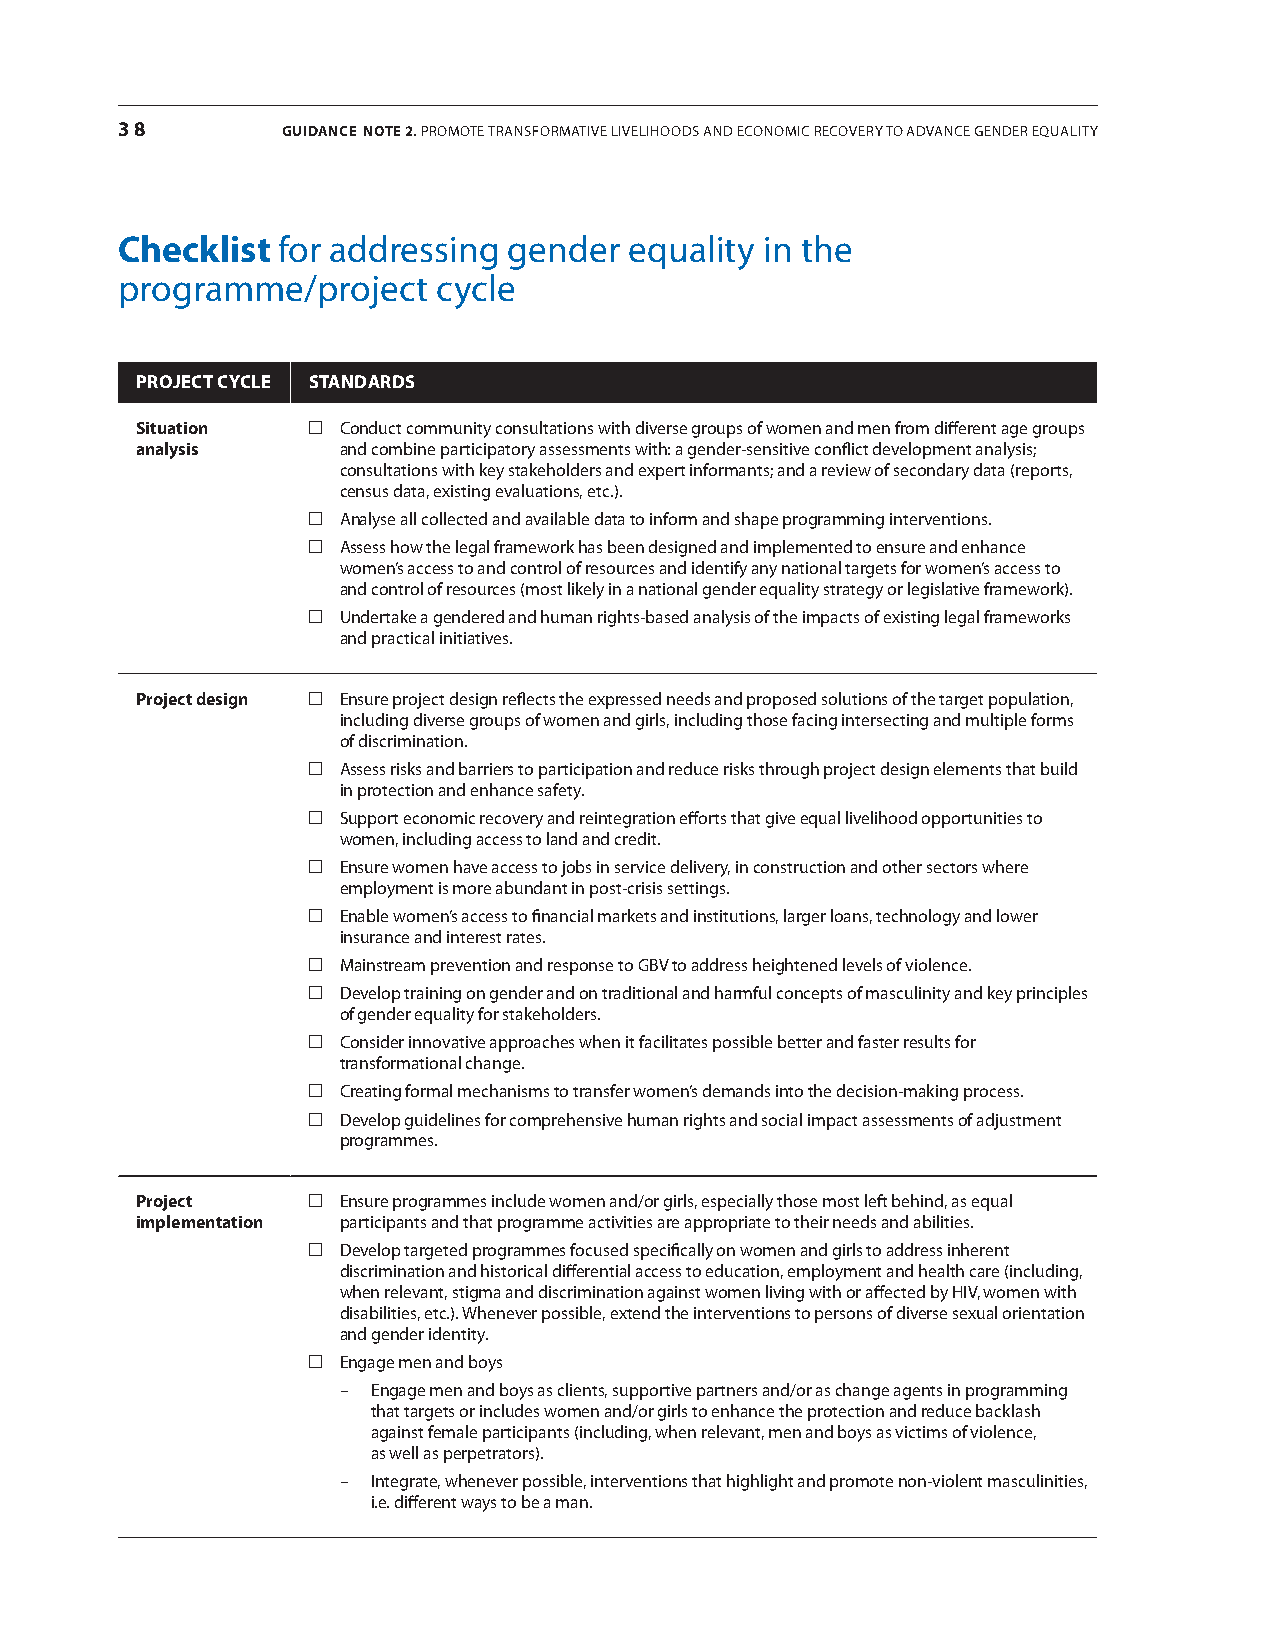
38         GUIDANCE NotE 2. Promote transformative livelihoods and economic recovery to advance gender equality
 Checklist for addressing  gender  equality in the
 programme/project    cycle
 ProjECt CyClE stANDArDs
 situation   conduct community consultations with diverse groups of women and men from different age groups
 analysis     and combine participatory assessments with: a gender-sensitive conflict development analysis;
 consultations with key stakeholders and expert informants; and a review of secondary data (reports,
 census data, existing evaluations, etc.).
  analyse all collected and available data to inform and shape programming interventions.
  assess how the legal framework has been designed and implemented to ensure and enhance
 women’s access to and control of resources and identify any national targets for women’s access to
 and control of resources (most likely in a national gender equality strategy or legislative framework).
  undertake a gendered and human rights-based analysis of the impacts of existing legal frameworks
 and practical initiatives.
 Project design  ensure project design reflects the expressed needs and proposed solutions of the target population,
 including diverse groups of women and girls, including those facing intersecting and multiple forms
 of discrimination.
  assess risks and barriers to participation and reduce risks through project design elements that build
 in protection and enhance safety.
  support economic recovery and reintegration efforts that give equal livelihood opportunities to
 women, including access to land and credit.
  ensure women have access to jobs in service delivery, in construction and other sectors where
 employment is more abundant in post-crisis settings.
  enable women’s access to financial markets and institutions, larger loans, technology and lower
 insurance and interest rates.
  mainstream prevention and response to gBv to address heightened levels of violence.
  develop training on gender and on traditional and harmful concepts of masculinity and key principles
 of gender equality for stakeholders.
  consider innovative approaches when it facilitates possible better and faster results for
 transformational change.
  creating formal mechanisms to transfer women’s demands into the decision-making process.
  develop guidelines for comprehensive human rights and social impact assessments of adjustment
 programmes.
 Project     ensure programmes include women and/or girls, especially those most left behind, as equal
 implementation participants and that programme activities are appropriate to their needs and abilities.
  develop targeted programmes focused specifically on women and girls to address inherent
 discrimination and historical differential access to education, employment and health care (including,
 when relevant, stigma and discrimination against women living with or affected by hiv, women with
 disabilities, etc.). Whenever possible, extend the interventions to persons of diverse sexual orientation
 and gender identity.
  engage men and boys
 –  engage men and boys as clients, supportive partners and/or as change agents in programming
 that targets or includes women and/or girls to enhance the protection and reduce backlash
 against female participants (including, when relevant, men and boys as victims of violence,
 as well as perpetrators).
 –  integrate, whenever possible, interventions that highlight and promote non-violent masculinities,
 i.e. different ways to be a man.